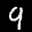
Label: 9